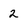
Character: 2